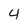
Character: 4